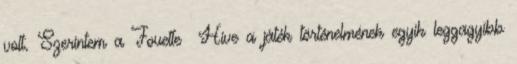
volt. Szerintem a Fouette Hive a játék történelmének egyik leggagyibb